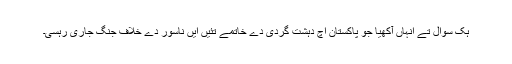
ہک سوال تے انہاں آکھیا جو پاکستان اچ دہشت گردی دے خاتمے تئیں ایں ناسور دے خلاف جنگ جاری رہسی۔